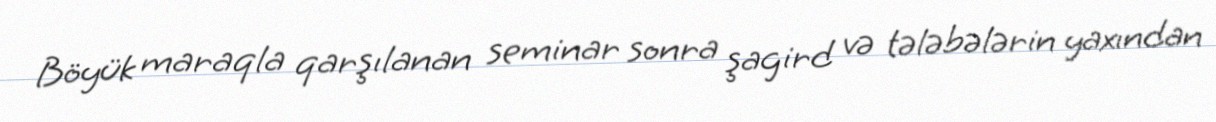
Böyük maraqla qarşılanan seminar sonra şagird və tələbələrin yaxından